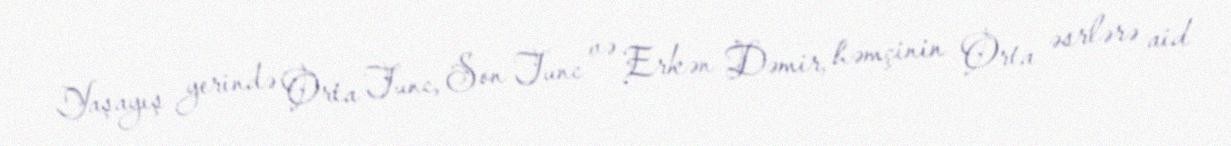
Yaşayış yerində Orta Tunc, Son Tunc və Erkən Dəmir, həmçinin Orta əsrlərə aid